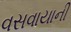
વસવાયાની